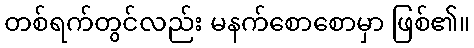
တစ်ရက်တွင်လည်း မနက်စောစောမှာ ဖြစ်၏။